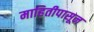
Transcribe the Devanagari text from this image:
माहितीपासून